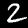
Label: 2